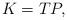
LaTeX: \begin{align*}K=TP,\end{align*}